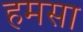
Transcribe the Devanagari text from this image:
हमसा